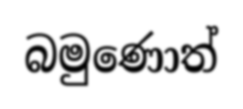
බමුණොත්